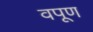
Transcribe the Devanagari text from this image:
वपूण